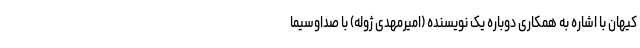
کیهان با اشاره به همکاری دوباره یک نویسنده (امیرمهدی ژوله) با صداوسیما